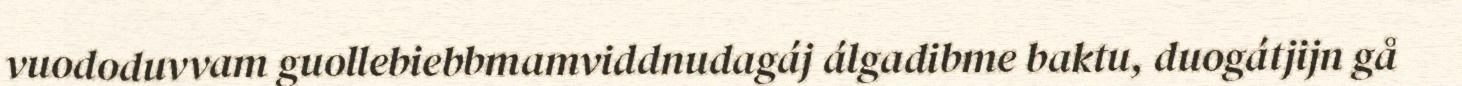
vuododuvvam guollebiebbmamviddnudagáj álgadibme baktu, duogátjijn gå